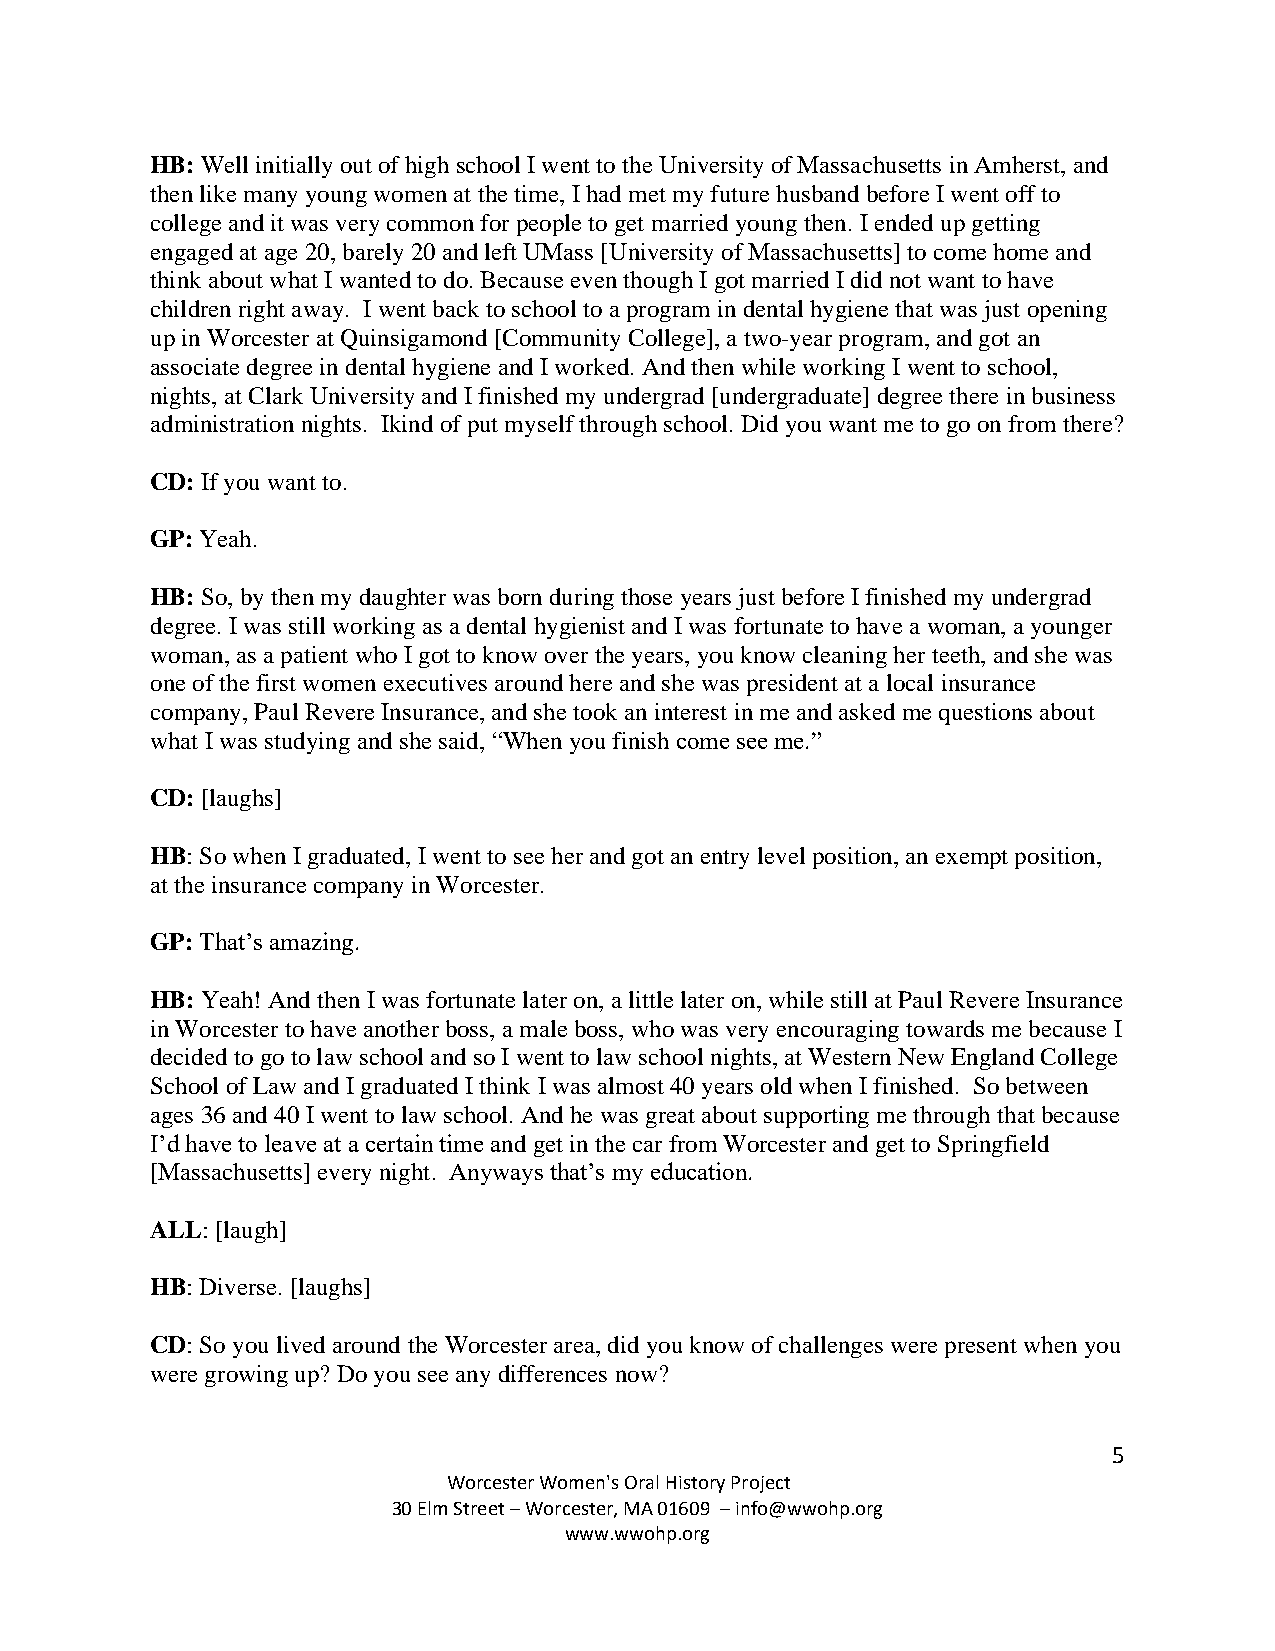
HB: Well initially out of high school I went to the University of Massachusetts in Amherst, and
 then like many young women at the time, I had met my future husband before I went off to
 college and it was very common for people to get married young then. I ended up getting
 engaged at age 20, barely 20 and left UMass [University of Massachusetts] to come home and
 think about what I wanted to do. Because even though I got married I did not want to have
 children right away. I went back to school to a program in dental hygiene that was just opening
 up in Worcester at Quinsigamond [Community College], a two-year program, and got an
 associate degree in dental hygiene and I worked. And then while working I went to school,
 nights, at Clark University and I finished my undergrad [undergraduate] degree there in business
 administration nights. Ikind of put myself through school. Did you want me to go on from there?
 CD: If you want to.
 GP: Yeah.
 HB: So, by then my daughter was born during those years just before I finished my undergrad
 degree. I was still working as a dental hygienist and I was fortunate to have a woman, a younger
 woman, as a patient who I got to know over the years, you know cleaning her teeth, and she was
 one of the first women executives around here and she was president at a local insurance
 company, Paul Revere Insurance, and she took an interest in me and asked me questions about
 what I was studying and she said, “When you finish come see me.”
 CD: [laughs]
 HB: So when I graduated, I went to see her and got an entry level position, an exempt position,
 at the insurance company in Worcester.
 GP: That’s amazing.
 HB: Yeah! And then I was fortunate later on, a little later on, while still at Paul Revere Insurance
 in Worcester to have another boss, a male boss, who was very encouraging towards me because I
 decided to go to law school and so I went to law school nights, at Western New England College
 School of Law and I graduated I think I was almost 40 years old when I finished. So between
 ages 36 and 40 I went to law school. And he was great about supporting me through that because
 I’d have to leave at a certain time and get in the car from Worcester and get to Springfield
 [Massachusetts] every night. Anyways that’s my education.
 ALL: [laugh]
 HB: Diverse. [laughs]
 CD: So you lived around the Worcester area, did you know of challenges were present when you
 were growing up? Do you see any differences now?
 5
 Worcester Women's Oral History Project
 30 Elm Street – Worcester, MA 01609 – info@wwohp.org
 www.wwohp.org